Vaccination report Assam 1896-1927 - 1896-1927
Year: 1896
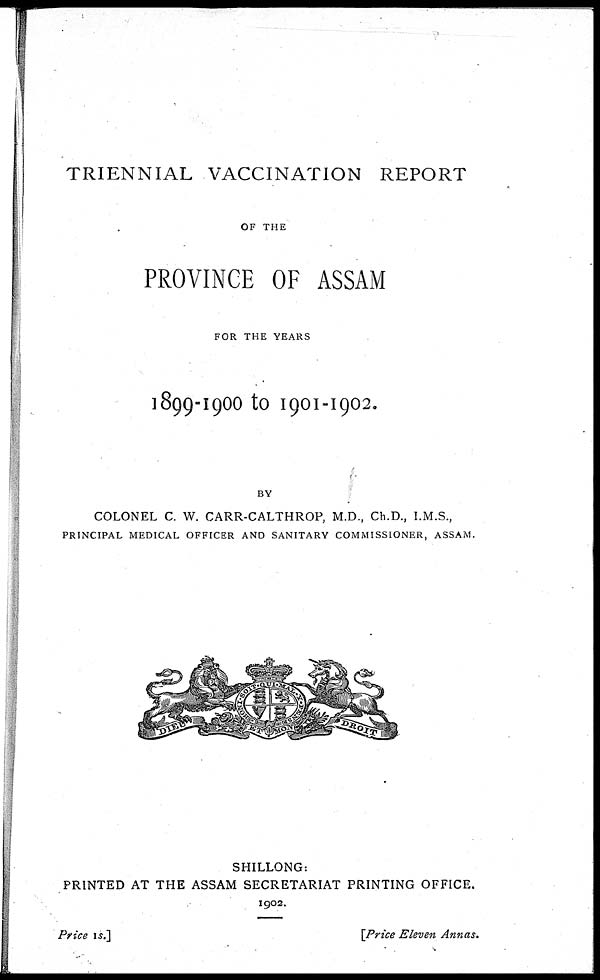
TRIENNIAL VACCINATION REPORT
OF THE
PROVINCE OF ASSAM
FOR THE YEARS
1899-1900 to 1901-1902.
BY
COLONEL C. W. CARR-CALTHROP, M.D., Ch.D., I.M.S.,
PRINCIPAL MEDICAL OFFICER AND SANITARY COMMISSIONER, ASSAM.
SHILLONG:
PRINTED AT THE ASSAM SECRETARIAT PRINTING OFFICE.
1902.
Price
is.]
[Price Eleven Annas.